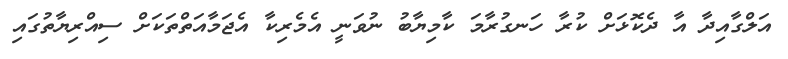
އަލްގާއިދާ އާ ދެކޮޅަށް ކުރާ ހަނގުރާމަ ކާމިޔާބު ނުވަނީ އެމެރިކާ އެޖަމާއަތްތަކަށް ސިއްރިޔާތުގައި